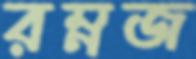
রম্নজ